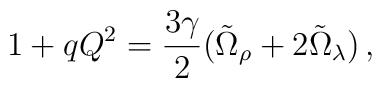
1+qQ^2 = \frac{3\gamma}{2}(\tilde{\Omega}_\rho+2\tilde{\Omega}_\lambda)\,,